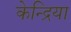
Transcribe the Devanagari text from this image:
केन्द्रिया